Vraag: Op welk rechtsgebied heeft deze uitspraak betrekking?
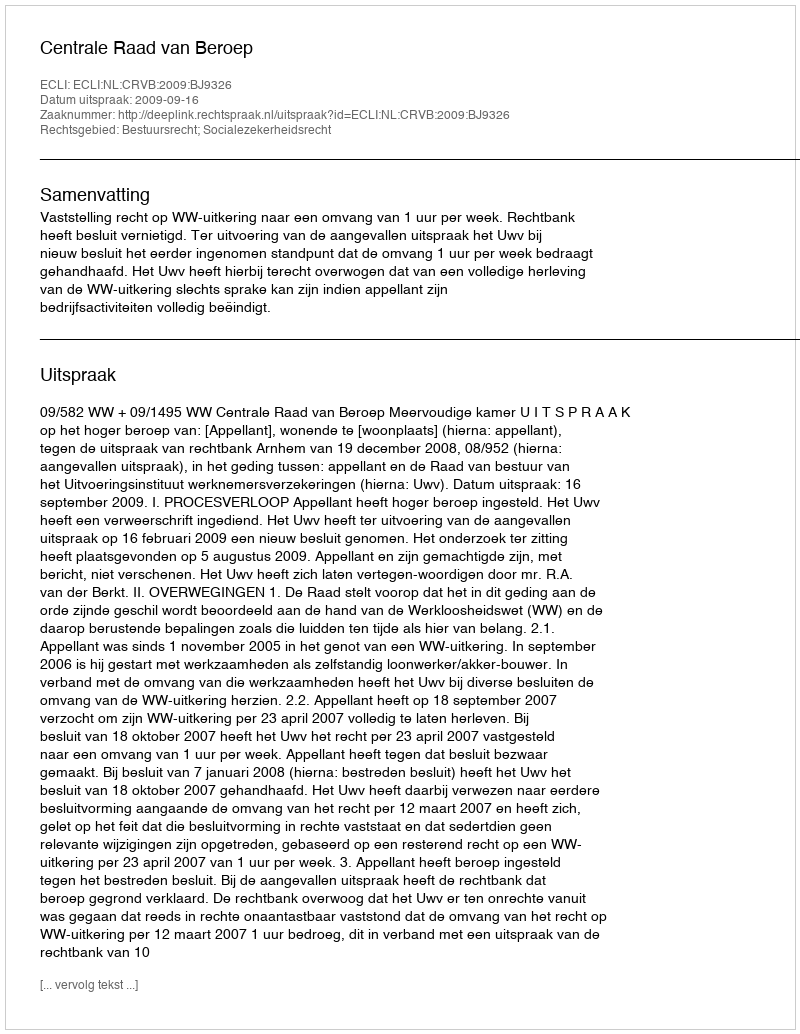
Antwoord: Bestuursrecht; Socialezekerheidsrecht